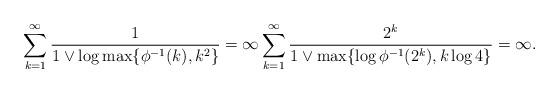
LaTeX: \begin{align*}\sum_{k=1}^\infty \frac{1}{1 \vee \log \max\{\phi^{-1}(k),k^2\}} = \infty \sum_{k=1}^\infty \frac{2^k}{1\vee \max\{\log \phi^{-1}(2^k),k\log 4\}} = \infty.\end{align*}